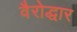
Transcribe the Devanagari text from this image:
वैरोद्धार